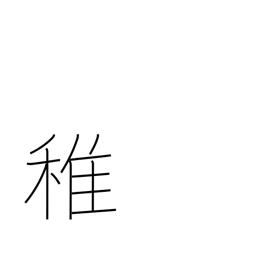
Meaning: immature